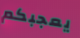
يعجبكم